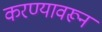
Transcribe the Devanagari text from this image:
करण्यावरून